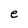
Character: e